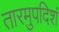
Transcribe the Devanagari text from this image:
तारमुपदिशं